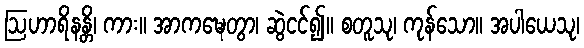
ဩဟာရိနန္တိ၊ ကား။ အာကဍ္ဎေတွာ၊ ဆွဲငင်၍။ စတူသု၊ ကုန်သော။ အပါယေသု၊